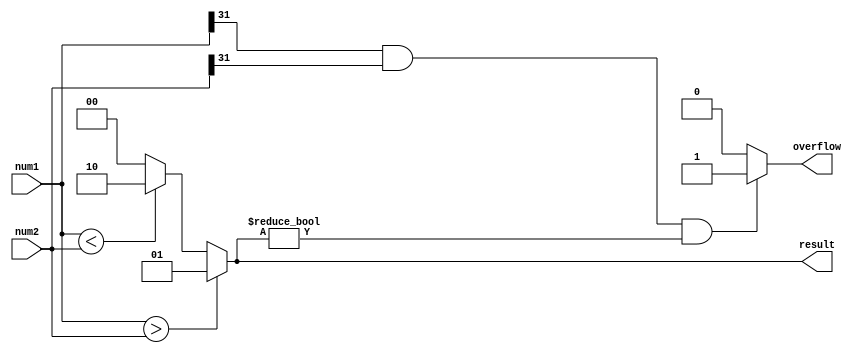
module Unsigned_Comparator(
  input [31:0] num1,
  input [31:0] num2,
  output reg overflow,
  output reg [1:0] result // 00 for equal, 01 for num1 greater than num2, 10 for num1 less than num2
);

always @(*) begin
  overflow = 0;
  if(num1 > num2) begin
    result = 2'b01; // num1 greater than num2
  end else if(num1 < num2) begin
    result = 2'b10; // num1 less than num2
  end else begin
    result = 2'b00; // equal
  end
  
  if(num1[31] == 1 && num2[31] == 1 && result != 2'b00) begin
    overflow = 1; // overflow condition
  end
end

endmodule